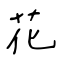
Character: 花